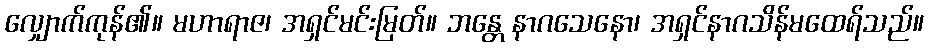
လျှောက်ကုန်၏။ မဟာရာဇ၊ အရှင်မင်းမြတ်။ ဘန္တေ နာဂသေနော၊ အရှင်နာဂသိန်မထေရ်သည်။